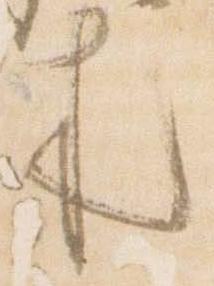
来